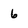
Character: 6